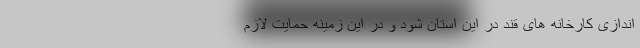
اندازی کارخانه های قند در این استان شود و در این زمینه حمایت لازم